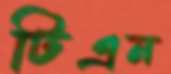
টিএন